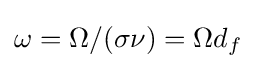
\omega =\Omega /(\sigma \nu )=\Omega d_{f}